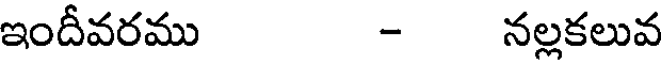
ఇందీవరము - నల్లకలువ